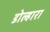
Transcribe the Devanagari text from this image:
डोल्हारा